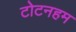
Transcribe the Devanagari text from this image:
टोटनहम